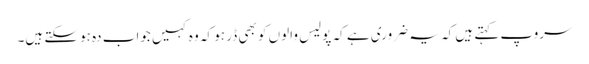
سروپ کہتے ہیں کہ یہ ضروری ہے کہ پولیس والوں کو بھی ڈر ہو کہ وہ کہیں جواب دہ ہوسکتے ہیں۔